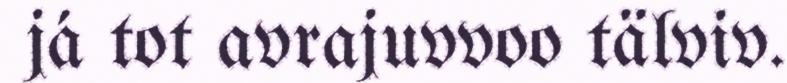
já tot avrajuvvoo tälviv.